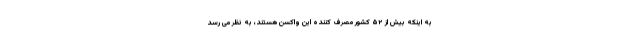
به اینکه بیش از ۵۲ کشور مصرف کننده این واکسن هستند، به نظر می رسد